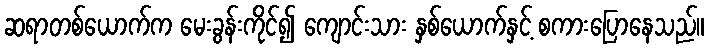
ဆရာတစ်ယောက်က မေးခွန်းကိုင်၍ ကျောင်းသား နှစ်ယောက်နှင့် စကားပြောနေသည်။